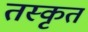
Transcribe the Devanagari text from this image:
तस्कृत